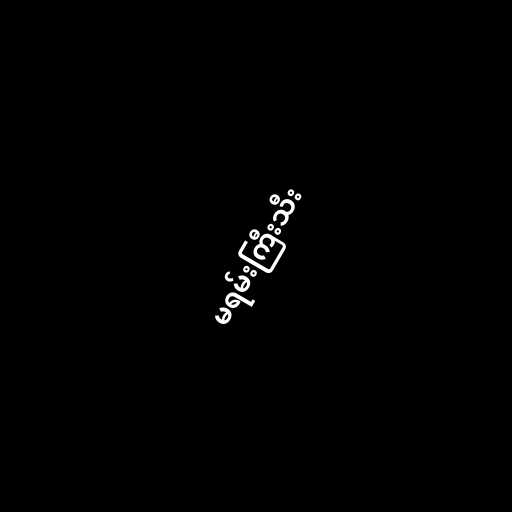
မရမ်းကြီးသီး